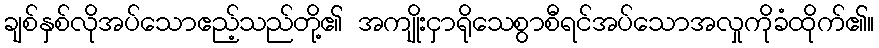
ချစ်နှစ်လိုအပ်သောဧည့်သည်တို့၏ အကျိုးငှာရိုသေစွာစီရင်အပ်သောအလှုကိုခံထိုက်၏။